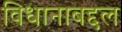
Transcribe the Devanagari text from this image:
विधानाबद्दल